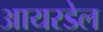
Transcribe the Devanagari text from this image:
आयरडेल